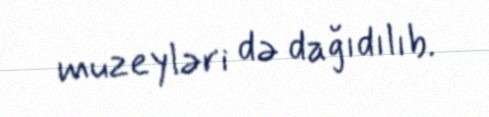
muzeyləri də dağıdılıb.